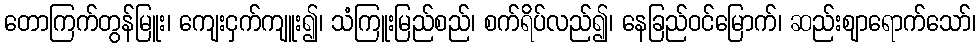
တောကြက်တွန်မြူး၊ ကျေးငှက်ကျူး၍၊ သံကြူးမြည်စည်၊ စက်ရိပ်လည်၍၊ နေခြည်ဝင်မြောက်၊ ဆည်းဈာရောက်သော်၊